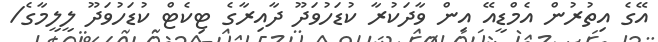
އޭގެ އިތުރުން އެމްޑީއޭ އިން ވާދަކުރާ ކުޑަހުވަދޫ ދާއިރާގެ ޓިކެޓް ކުޑަހުވަދޫ ލީލީމާގެ/